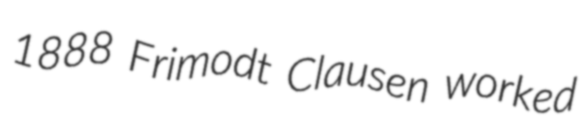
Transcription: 1888 Frimodt Clausen worked